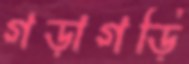
গড়াগড়ি